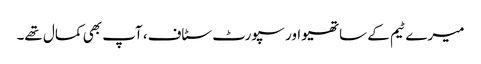
میرے ٹیم کے ساتھیو اور سپورٹ سٹاف، آپ بھی کمال تھے۔